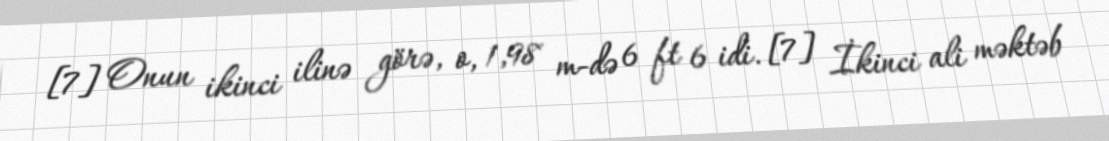
[7] Onun ikinci ilinə görə, o, 1,98 m-də 6 ft 6 idi. [7] İkinci ali məktəb